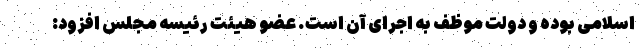
اسلامی بوده و دولت موظف به اجرای آن است. عضو هیئت رئیسه مجلس افزود: